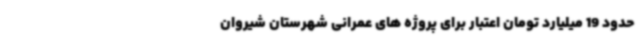
حدود 19 میلیارد تومان اعتبار برای پروژه های عمرانی شهرستان شیروان